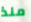
منذ